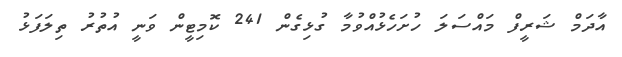
އާދަމް ޝަރީފް މައްސަލަ ހުށަހެޅުއްވުމާ ގުޅިގެން 241 ކޮމިޓީން ވަނީ އުތުރު ތިލަފަޅު